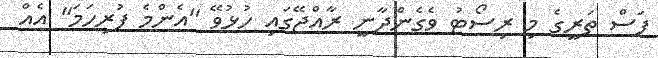
ފަސް ތަރީގެ މި ރިސޯޓު ވެގެންދާނީ ރާއްޖޭގައި ހުޅުވޭ "އެންމެ ފުރިހަމަ" އެއް